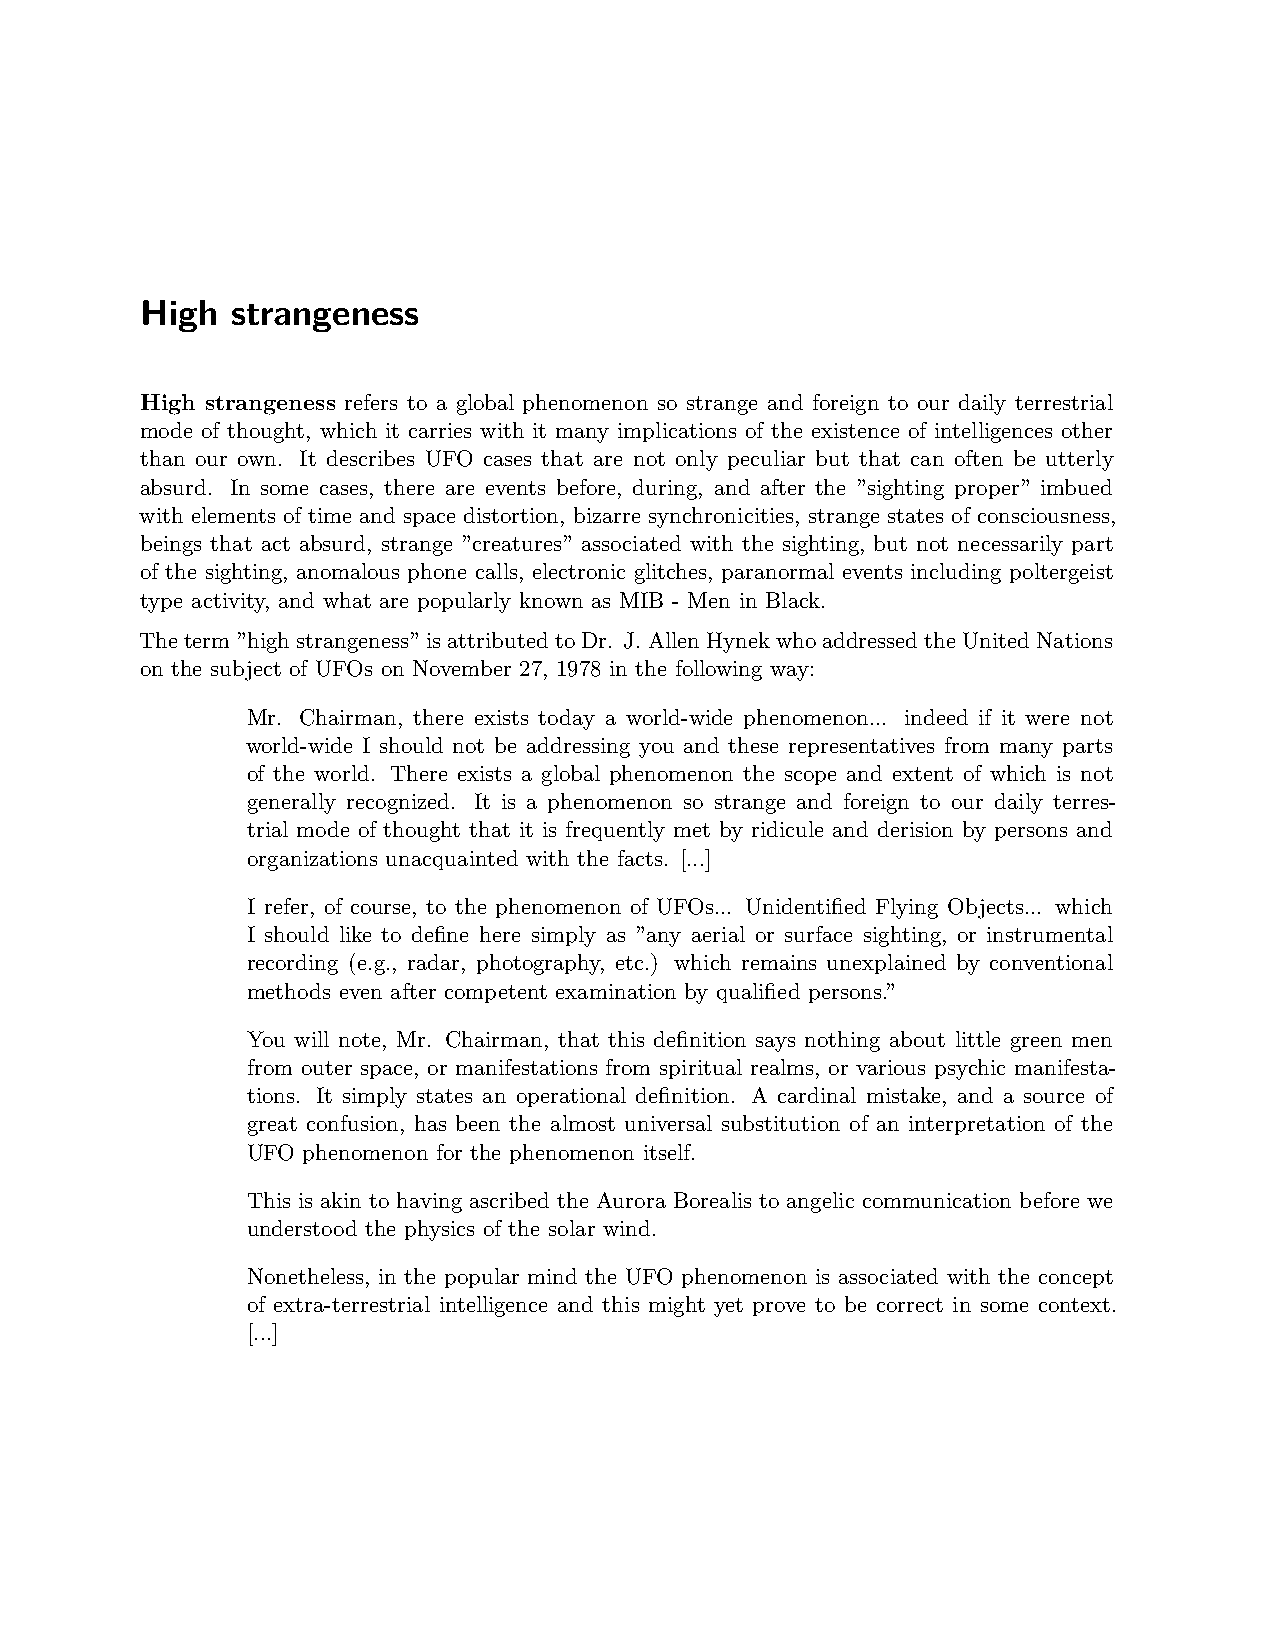
High  strangeness
 High strangeness refers to a global phenomenon so strange and foreign to our daily terrestrial
 mode of thought, which it carries with it many implications of the existence of intelligences other
 than our own. It describes UFO cases that are not only peculiar but that can often be utterly
 absurd. In some cases, there are events before, during, and after the ”sighting proper” imbued
 with elements of time and space distortion, bizarre synchronicities, strange states of consciousness,
 beings that act absurd, strange ”creatures” associated with the sighting, but not necessarily part
 of the sighting, anomalous phone calls, electronic glitches, paranormal events including poltergeist
 type activity, and what are popularly known as MIB - Men in Black.
 Theterm”highstrangeness”isattributedtoDr. J.AllenHynekwhoaddressedtheUnitedNations
 on the subject of UFOs on November 27, 1978 in the following way:
 Mr. Chairman, there exists today a world-wide phenomenon... indeed if it were not
 world-wide I should not be addressing you and these representatives from many parts
 of the world. There exists a global phenomenon the scope and extent of which is not
 generally recognized. It is a phenomenon so strange and foreign to our daily terres-
 trial mode of thought that it is frequently met by ridicule and derision by persons and
 organizations unacquainted with the facts. [...]
 I refer, of course, to the phenomenon of UFOs... Unidentified Flying Objects... which
 I should like to define here simply as ”any aerial or surface sighting, or instrumental
 recording (e.g., radar, photography, etc.) which remains unexplained by conventional
 methods even after competent examination by qualified persons.”
 You will note, Mr. Chairman, that this definition says nothing about little green men
 from outer space, or manifestations from spiritual realms, or various psychic manifesta-
 tions. It simply states an operational definition. A cardinal mistake, and a source of
 great confusion, has been the almost universal substitution of an interpretation of the
 UFO phenomenon for the phenomenon itself.
 This is akin to having ascribed the Aurora Borealis to angelic communication before we
 understood the physics of the solar wind.
 Nonetheless, in the popular mind the UFO phenomenon is associated with the concept
 of extra-terrestrial intelligence and this might yet prove to be correct in some context.
 [...]